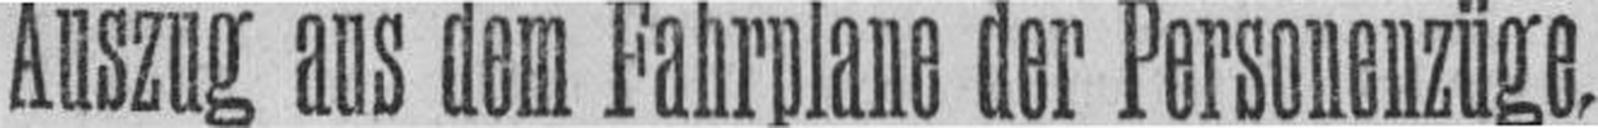
Auszug aus dem Fahrplane der Personenzüge.